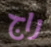
راج